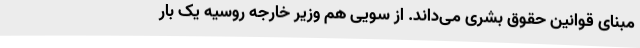
مبنای قوانین حقوق بشری می‌داند. از سویی هم وزیر خارجه روسیه یک بار